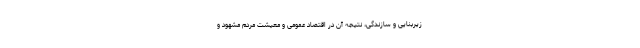
زیربنایی و سازندگی، نتیجه آن در اقتصاد عمومی و معیشت مردم مشهود و